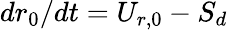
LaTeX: {dr_{0}}/{dt}=U_{r,0}-S_{d}